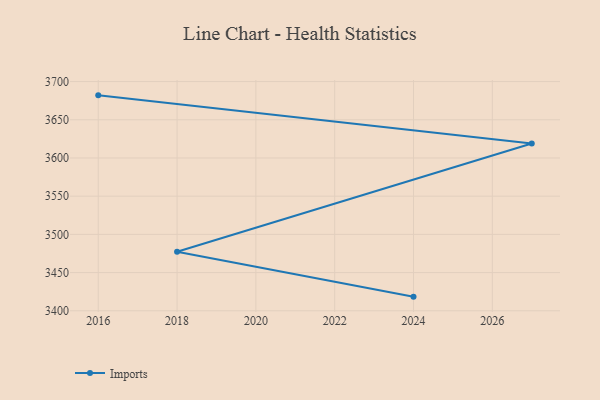
{"axis": {"x": "Year", "y": "Conversion Rate (%)"}, "legend": ["Imports"], "data": [{"x": "2024", "y": 3418.5, "type": "Imports"}, {"x": "2018", "y": 3477.2, "type": "Imports"}, {"x": "2027", "y": 3619.0, "type": "Imports"}, {"x": "2016", "y": 3682.0, "type": "Imports"}]}